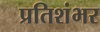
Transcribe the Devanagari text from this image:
प्रतिशंभर